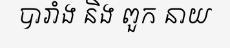
បារាំង និង ពួក នាយ